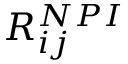
R _ { i j } ^ { N P I }